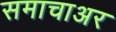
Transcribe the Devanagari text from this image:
समाचाअर